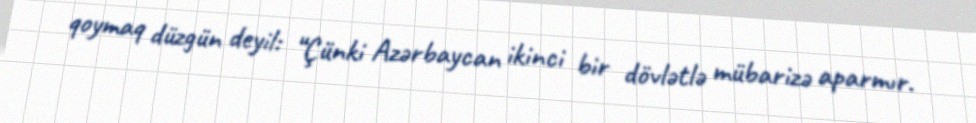
qoymaq düzgün deyil: “Çünki Azərbaycan ikinci bir dövlətlə mübarizə aparmır.